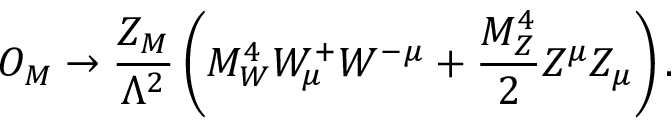
{ \cal O } _ { M } \rightarrow \frac { Z _ { M } } { \Lambda ^ { 2 } } \left( M _ { W } ^ { 4 } W _ { \mu } ^ { + } W ^ { - \mu } + \frac { M _ { Z } ^ { 4 } } { 2 } Z ^ { \mu } Z _ { \mu } \right) .